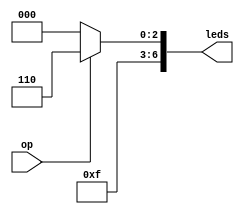
module hexdisp_op(op, leds);
	input op;
	output reg [0:6] leds;
	always @(op)
		if (op == 0) begin
			leds = 7'b1111000; 
		end else begin 
			leds = 7'b1111110; 
		end
endmodule